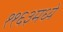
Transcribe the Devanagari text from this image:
११६३मध्ये